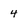
Character: 4